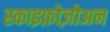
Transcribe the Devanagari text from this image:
स्काइफ़ोज़ोअन